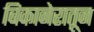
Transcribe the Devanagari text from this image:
बिकानेरातून